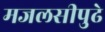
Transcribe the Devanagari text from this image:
मजलसीपुढे